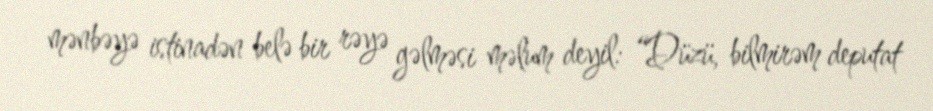
mənbəyə istinadən belə bir rəyə gəlməsi məlum deyil: “Düzü, bilmirəm deputat